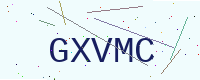
Text: GXVMC